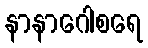
နာနာဂေါစရေ